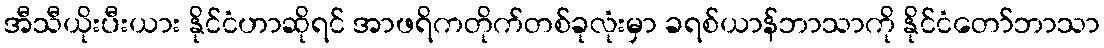
အီသီယိုးပီးယား နိုင်ငံဟာဆိုရင် အာဖရိကတိုက်တစ်ခုလုံးမှာ ခရစ်ယာန်ဘာသာကို နိုင်ငံတော်ဘာသာ